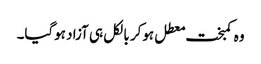
وہ کمبخت معطل ہوکر بالکل ہی آزاد ہوگیا۔